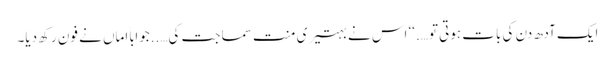
ایک آدھ دن کی بات ہوتی تو….‘‘ اس نے بہتیری منت سماجت کی…..جواباً اماں نے فون رکھ دیا۔